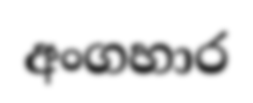
අංගහාර